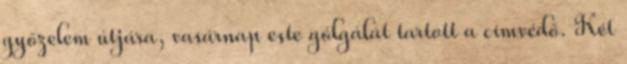
győzelem útjára, vasárnap este gólgálát tartott a címvédő. Két